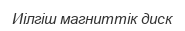
Иілгіш магниттік диск